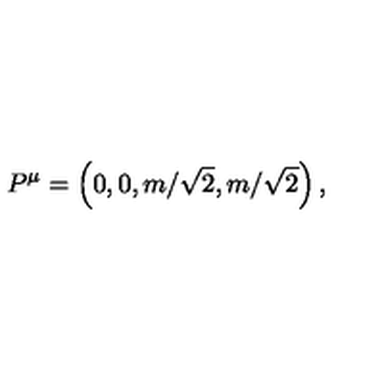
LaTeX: P ^ { \mu } = \left( 0 , 0 , m / \sqrt { 2 } , m / \sqrt { 2 } \right) ,